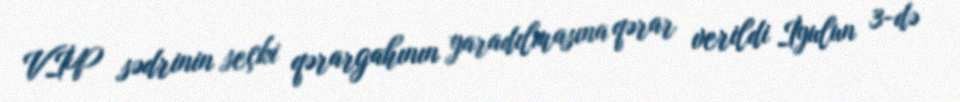
VİP sədrinin seçki qərargahının yaradılmasına qərar verildi İyulun 3-də